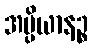
အပ္ပိယာနဉ္စ